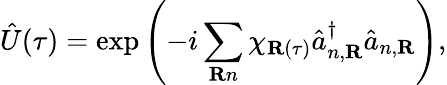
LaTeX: \hat{U}(\tau)=\exp\left(-i\sum_{\textbf{R}n}\chi_{\textbf{R}(\tau)}\hat{a}_{n,\textbf{R}}^{\dagger}\hat{a}_{n,\textbf{R}}\right),